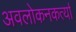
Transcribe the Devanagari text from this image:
अवलोकनकर्त्या